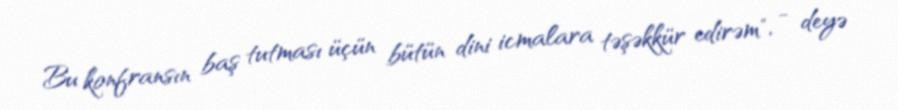
Bu konfransın baş tutması üçün bütün dini icmalara təşəkkür edirəm", - deyə